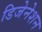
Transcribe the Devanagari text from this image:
डिजेनेशन